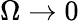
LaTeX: \Omega\rightarrow 0